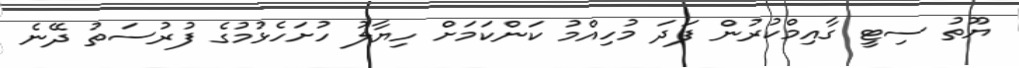
ޔޫތު ސިޓީ ގާއިމްކުރުން ފަދަ މުހިއްމު ކަންކަމަށް ހިޔާލު ހުށަހެޅުމުގެ ފުރުސަތު ދޭނެ